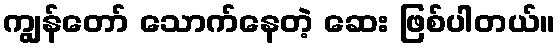
ကျွန်တော် သောက်နေတဲ့ ဆေး ဖြစ်ပါတယ်။